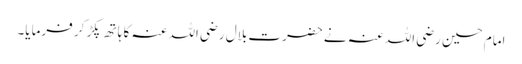
امام حسین رضی اللہ عنہ نے حضرت بلال رضی اللہ عنہ کا ہاتھ پکڑ کر فرمایا۔